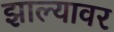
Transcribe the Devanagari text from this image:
झाल्‍यावर